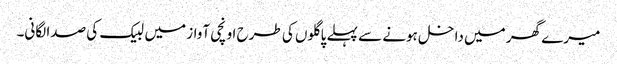
میرے گھر میں داخل ہونے سے پہلے پاگلوں کی طرح اونچی آواز میں لبیک کی صدا لگانی۔